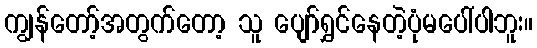
ကျွန်တော့်အတွက်တော့ သူ ပျော်ရွှင်နေတဲ့ပုံမပေါ်ပါဘူး။